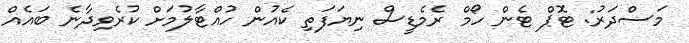
މަސްދަރު: ޓޮޕް ޓެން ހޯމް ރެމެޑީސް ނިޔަފަތި ކެއުން ހުއްޓާލުމަށް ކުރެވިދާނެ ބައެއް